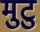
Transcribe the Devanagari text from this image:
मुटु